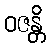
ဝဇန္တိ